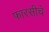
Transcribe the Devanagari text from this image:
फारसीचे